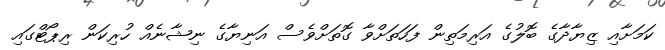
ކަމަށާއި ޒިޔާދާގެ ބޮލުގެ އަރިމަތިން ފަހަތަށްވާ ގޮތަށްވެސް އަނިޔާގެ ނިޝާނެއް ހުރިކަން ރިޕޯޓްގައި